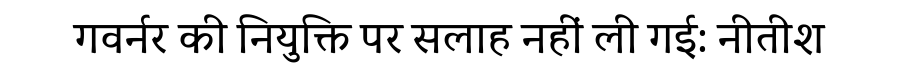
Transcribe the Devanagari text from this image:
गवर्नर की नियुक्ति पर सलाह नहीं ली गई: नीतीश